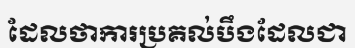
ដែលថាការប្រគល់បឹងដែលជា